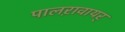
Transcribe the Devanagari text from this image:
पालऱावायर्